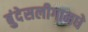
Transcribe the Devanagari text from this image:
बुंदेसलीगामधे